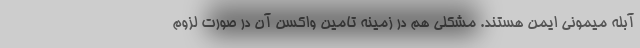
آبله میمونی ایمن هستند. مشکلی هم در زمینه تامین واکسن آن در صورت لزوم